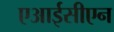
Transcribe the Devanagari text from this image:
एआईसीएन